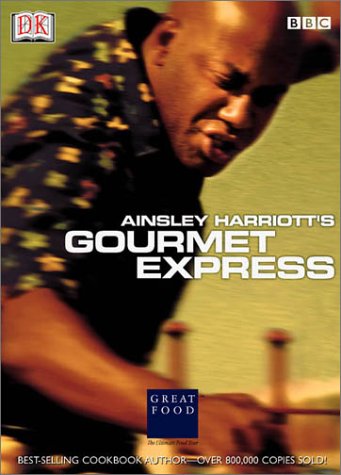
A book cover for Ainsley Harriott's Gourmet Express (DK American Original); DK Publishing; Cookbooks, Food & Wine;